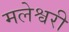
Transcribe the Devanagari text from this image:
मलेश्वरी